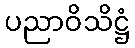
ပညာဝိသိဋ္ဌံ